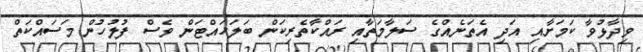
ވިދާޅުވާ ކަމަށާއި އަދި އެތަނެއްގެ ސަލާމަތާއި ރައްކާތެރިކަން ބަލަހައްޓަން ވެސް ފުލުހުން މަސައްކަތް